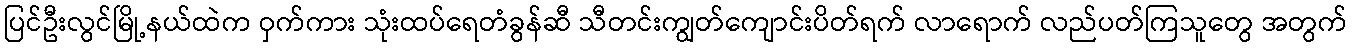
ပြင်ဦးလွင်မြို့နယ်ထဲက ဝှက်ကား သုံးထပ်ရေတံခွန်ဆီ သီတင်းကျွတ်ကျောင်းပိတ်ရက် လာရောက် လည်ပတ်ကြသူတွေ အတွက်